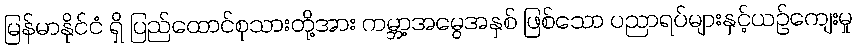
မြန်မာနိုင်ငံ ရှိ ပြည်ထောင်စုသားတို့အား ကမ္ဘာ့အမွေအနှစ် ဖြစ်သော ပညာရပ်များနှင့်ယဉ်ကျေးမှု